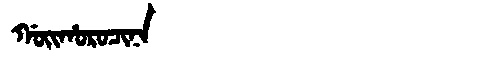
Manchu: ᡤᠣᡳᡥᠣᡵᠣᠴᡳᠨᠠ
Romanization: GOIHOROCINA